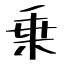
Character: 乗